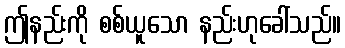
ဤနည်းကို စစ်ယူသော နည်းဟုခေါ်သည်။